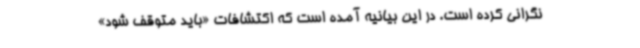
نگرانی کرده است. در این بیانیه آمده است که اکتشافات «باید متوقف شود»